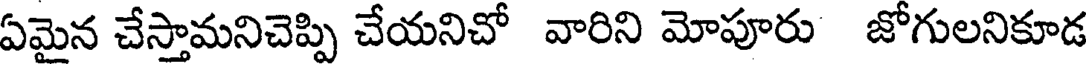
ఏమైన చేస్తామనిచెప్పి చేయనిచో వారిని మోపూరు జోగులనికూడ